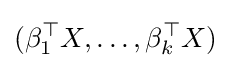
(\beta _{1}^{\top }X,\ldots ,\beta _{k}^{\top }X)